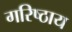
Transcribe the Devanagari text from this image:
गरिष्ठाय